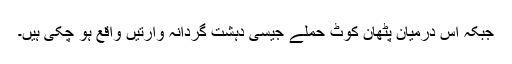
جبکہ اس درمیان پٹھان کوٹ حملے جیسی دہشت گردانہ وارتیں واقع ہو چکی ہیں۔